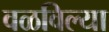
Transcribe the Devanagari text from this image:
वळविल्या